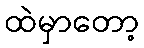
ထဲမှာတော့